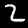
Digit: 2